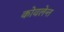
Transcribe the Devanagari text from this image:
कोवलेन्त